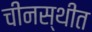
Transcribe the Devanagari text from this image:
चीनस्थीत